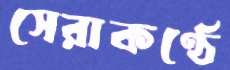
সেরাকণ্ঠে